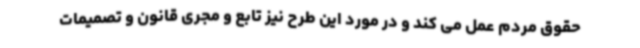
حقوق مردم عمل می کند و در مورد این طرح نیز تابع و مجری قانون و تصمیمات